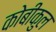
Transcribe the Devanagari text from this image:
कोबीकुल